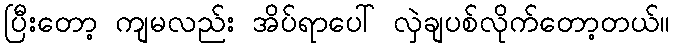
ပြီးတော့ ကျမလည်း အိပ်ရာပေါ် လှဲချပစ်လိုက်တော့တယ်။